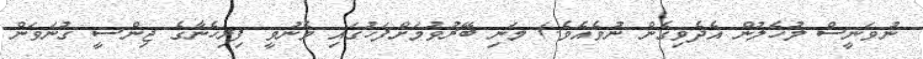
ނުވަނީސް ލުހެލުން އެދެވިގެން ނުވެއެވެ.) މަނި ބޭރުވުމަށްފަހުގައި މެނުވީ ފިރިހެނާގެ ޖިންސީ ގުނަވަން